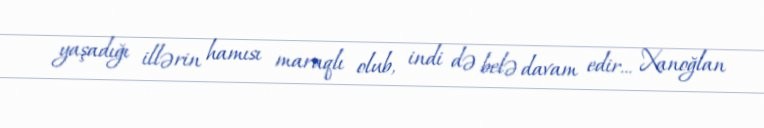
yaşadığı illərin hamısı maraqlı olub, indi də belə davam edir... Xanoğlan